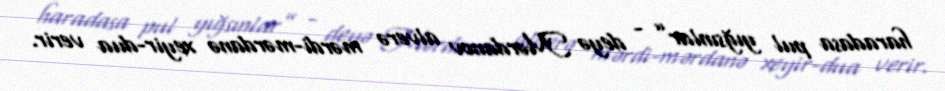
haradasa pul yığsınlar” - deyə Mərdanov alverə mərdi-mərdanə xeyir-dua verir.